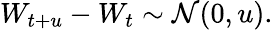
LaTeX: W_{t+u}-W_{t}\sim{\mathcal{N}}(0,u).